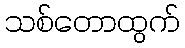
သစ်တောထွက်